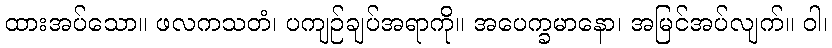
ထားအပ်သော။ ဖလကသတံ၊ ပကျဉ်ချပ်အရာကို။ အပေက္ခမာနော၊ အမြင်အပ်လျက်။ ဝါ၊